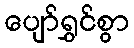
ပျော်ရွှင်စွာ